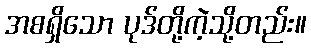
အစရှိသော ပုဒ်တို့ကဲ့သို့တည်း။